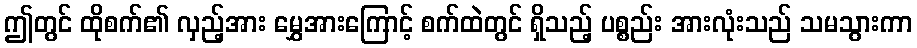
ဤတွင် ထိုစက်၏ လှည့်အား မွှေအားကြောင့် စက်ထဲတွင် ရှိသည့် ပစ္စည်း အားလုံးသည် သမသွားကာ